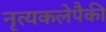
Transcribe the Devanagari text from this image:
नृत्यकलेपैकी